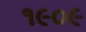
૧૯૦૯